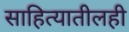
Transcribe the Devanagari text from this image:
साहित्यातीलही